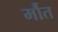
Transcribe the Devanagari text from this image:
र्मौत